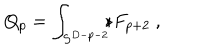
Q _ { p } = \int _ { S ^ { D - p - 2 } } \! \! \! \star F _ { p + 2 } \ ,